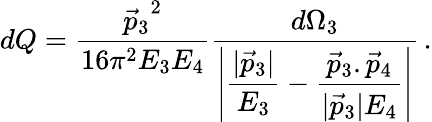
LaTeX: dQ=\frac{{\vec{p}_{3}}^{2}}{16\pi^{2}E_{3}E_{4}}{\frac{d\Omega_{3}}{\displaystyle{\left|\frac{|\vec{p}_{3}|}{E_{3}}-\frac{{\vec{p}_{3}}.{\vec{p}_{4}}}{|\vec{p}_{3}|E_{4}}\right|}}}\, .